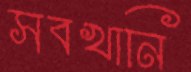
সবখানি